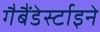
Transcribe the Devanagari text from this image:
गैबैंडेर्स्टाइने